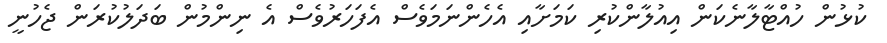
ކުޅުން ހުއްޓާލާނެކަން އިއުލާންކުރި ކަމަށާއި އެހެންނަމަވެސް އެފަހަރުވެސް އެ ނިންމުން ބަދަލުކުރަން ޖެހުނީ